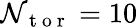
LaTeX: \mathcal{N}_{\mathrm{{~t~o~r~}}}=10